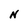
Character: N